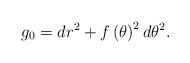
LaTeX: \begin{align*}g_0=dr^2+f\left(\theta\right)^2d\theta^2.\end{align*}